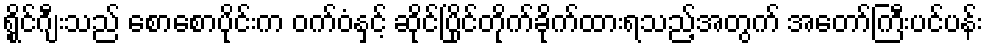
ရွိုင်ဂျီးသည် စောစောပိုင်းက ဝက်ဝံနှင့် ဆိုင်ပြိုင်တိုက်ခိုက်ထားရသည့်အတွက် အတော်ကြီးပင်ပန်း